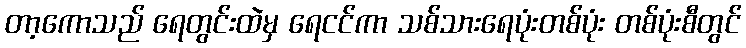
တာ့ကောသည် ရေတွင်းထဲမှ ရေငင်ကာ သစ်သားရေပုံးတစ်ပုံး တစ်ပုံးစီတွင်